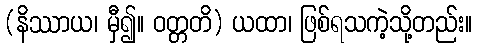
(နိဿာယ၊ မှီ၍။ ဝတ္တတိ) ယထာ၊ ဖြစ်ရသကဲ့သို့တည်း။